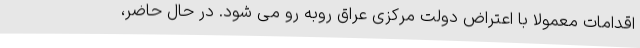
اقدامات معمولا با اعتراض دولت مرکزی عراق روبه رو می شود. در حال حاضر،